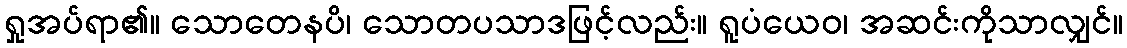
ရှုအပ်ရာ၏။ သောတေနပိ၊ သောတပသာဒဖြင့်လည်း။ ရူပံယေဝ၊ အဆင်းကိုသာလျှင်။